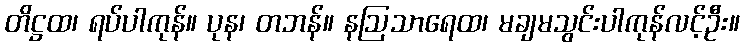
တိဋ္ဌထ၊ ရပ်ပါကုန်။ ပုန၊ တဘန်။ နဩသာရေထ၊ မချမသွင်းပါကုန်လင့်ဦး။